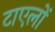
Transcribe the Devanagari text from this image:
टाएलों